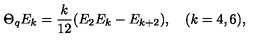
\Theta _ { q } E _ { k } = \frac { k } { 1 2 } ( E _ { 2 } E _ { k } - E _ { k + 2 } ) , \quad ( k = 4 , 6 ) ,